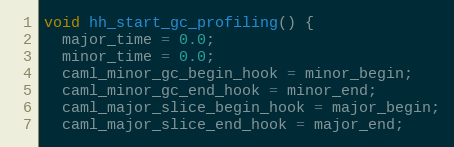
Language: C
void hh_start_gc_profiling() {
  major_time = 0.0;
  minor_time = 0.0;
  caml_minor_gc_begin_hook = minor_begin;
  caml_minor_gc_end_hook = minor_end;
  caml_major_slice_begin_hook = major_begin;
  caml_major_slice_end_hook = major_end;